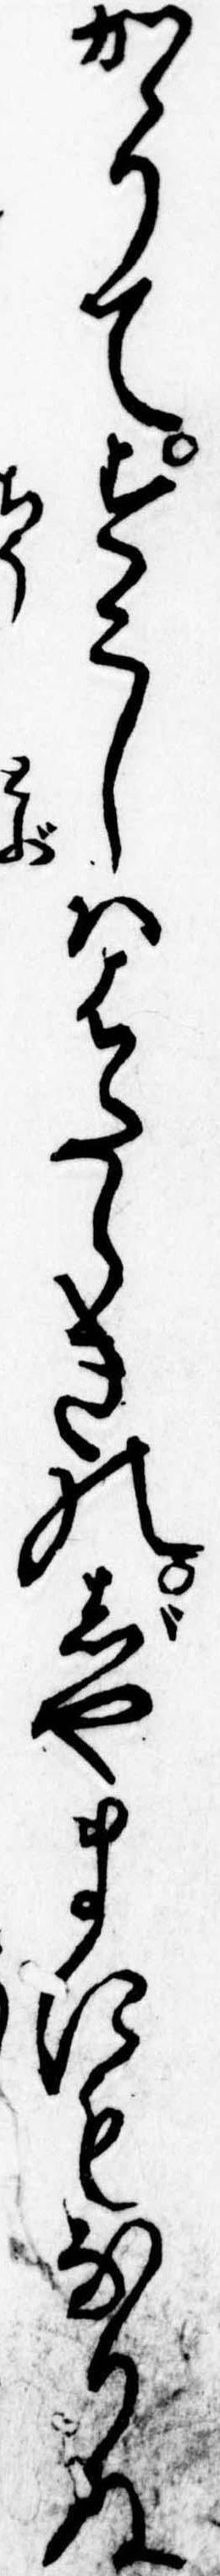
かゝりてすこしははたらきのじやまにもなりぬ